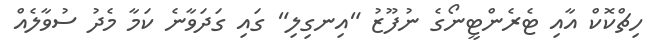
ހިޗްކޮކް އާއި ޓެރެންޓީނޯގެ ނުފޫޒު "އިނގިލި" ގައި ގަދަވާނެ ކަމާ މެދު ސުވާލެއް